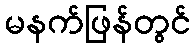
မနက်ဖြန်တွင်